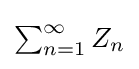
\textstyle \sum _{n=1}^{\infty }Z_{n}